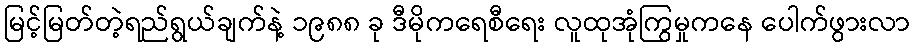
မြင့်မြတ်တဲ့ရည်ရွယ်ချက်နဲ့ ၁၉၈၈ ခု ဒီမိုကရေစီရေး လူထုအုံကြွမှုကနေ ပေါက်ဖွားလာ